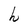
Character: h